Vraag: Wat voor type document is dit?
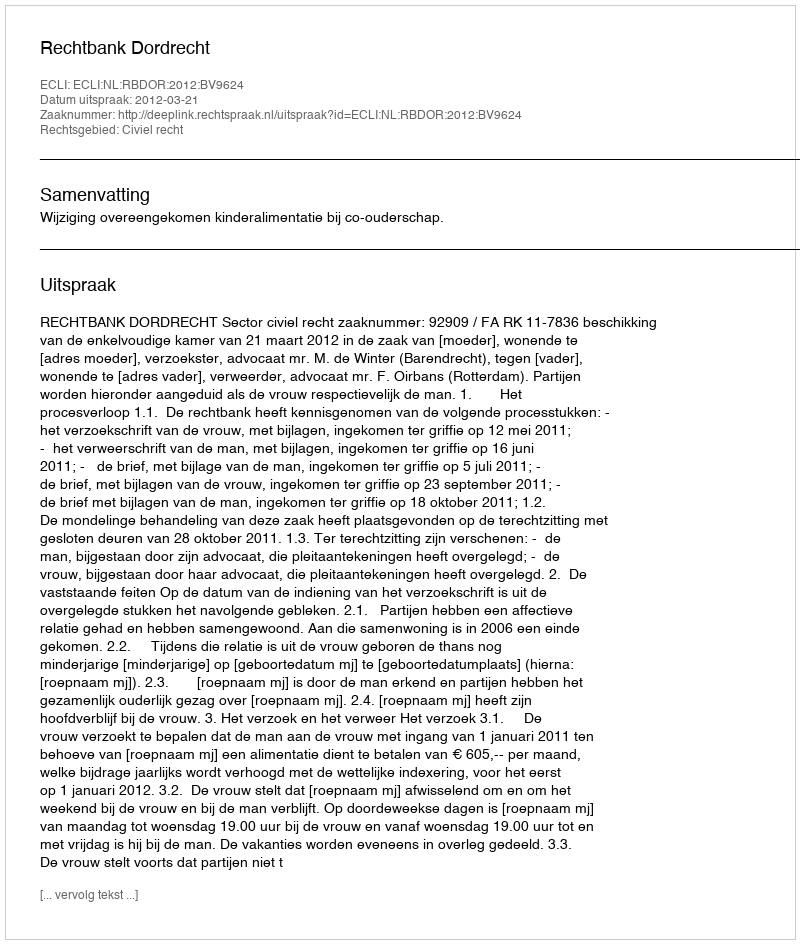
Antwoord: Uitspraak